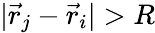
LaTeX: |\vec{r}_{j}-\vec{r}_{i}|>R